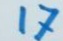
17